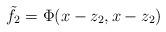
LaTeX: \begin{align*}\tilde{f}_2 = \Phi(x - z_2, x - z_2)\end{align*}